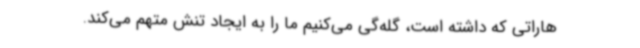
هاراتی که داشته است، گله‌گی می‌کنیم ما را به ایجاد تنش متهم می‌کند.